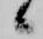
候